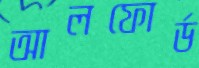
আলফোর্ড